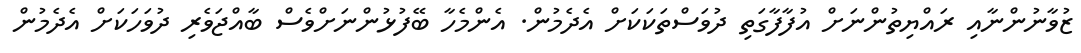
ޒުވާނުންނާއި ރައްޔިތުންނަށް އުފާފާގަތި ދުވަސްތަކަކަށް އެދެމުން. އެންމެހާ ބޭފުޅުންނަށްވެސް ބާއްޖަވެރި ދުވަހަކަށް އެދެމުން